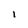
Character: 1